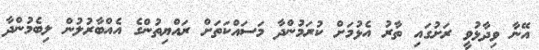
އޭނާ ވިދާޅުވީ ރަށުގައި ތާރު އެޅުމަށް ކުރަމުންދާ މަސައްކަތަށް ރައްޔިތުންގެ އެއްބާރުލުން ލިބެމުންދާ